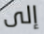
إلى